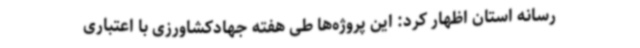
رسانه استان اظهار کرد: این پروژه‌ها طی هفته جهادکشاورزی با اعتباری